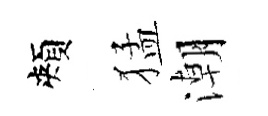
頰猛潮